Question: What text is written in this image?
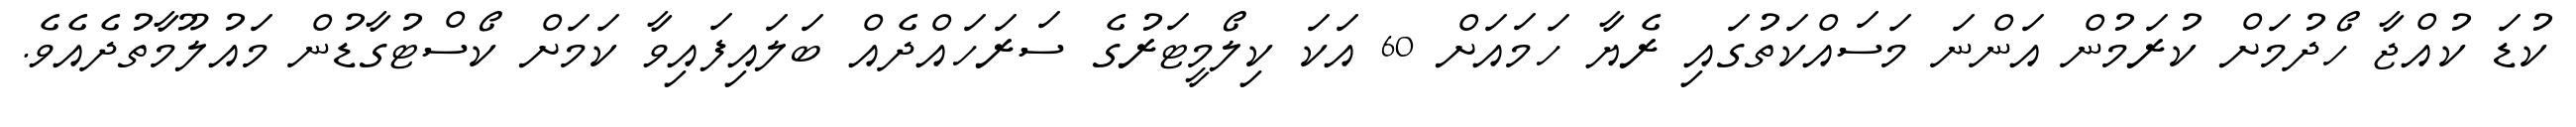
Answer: ކުޑަ ކުއްޖާ ހޯދުމަށް ކުރަމުން އަންނަ މަސައްކަތުގައި ރެޔާ ހަމައަށް 60 އަކަ ކިލޯމީޓަރުގެ ސަރަހައްދެއް ބަލައިފައިވާ ކަމަށް ކޯސްޓުގާޑުން މައުލޫމާތުދެއެވެ.